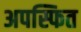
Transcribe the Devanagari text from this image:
अपस्फित